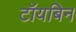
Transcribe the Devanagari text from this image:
टॉयबिन